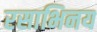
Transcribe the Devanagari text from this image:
रसाभिनय